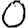
Digit: 0